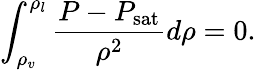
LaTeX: \int_{\rho_{v}}^{\rho_{l}}\frac{P-P_{\mathrm{sat}}}{\rho^{2}}d\rho=0.